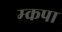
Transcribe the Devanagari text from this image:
म्कपा